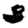
Digit: 3